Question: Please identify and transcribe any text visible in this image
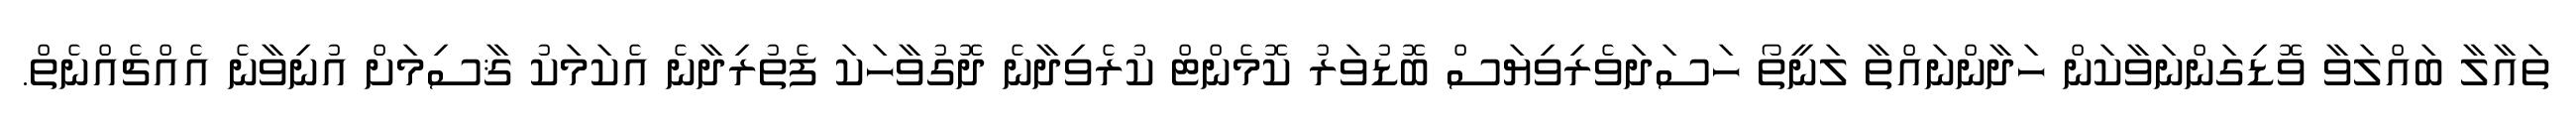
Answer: ތައާލާ ބައްލަވާ ވޮޑިގަންނަވާކަން ހަދާންނައްތާ ލަނީތޯ ހަސަދަވެރިވިޔަސް ބޮޑުވަރު ކޮމެންޓް ކުރެވިދާނެ ދޮގުވާހަކަ ފެތުރިދާނެ އެކަމަކު ޤާސިމަށް އުނިވާނެ އެއްޗެއްނެތް.